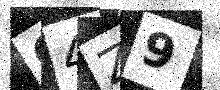
Text: G4Z9